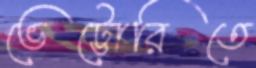
ভেট্টোরিতে